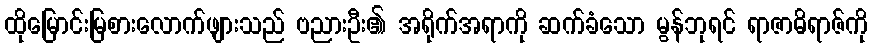
ထိုမြောင်းမြစားလောက်ဖျားသည် ဗညားဦး၏ အရိုက်အရာကို ဆက်ခံသော မွန်ဘုရင် ရာဇာဓိရာဇ်ကို